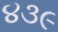
૪૩૯